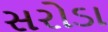
સરોડા